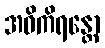
အဝိကိရန္တော